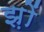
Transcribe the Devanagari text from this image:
झ़ों